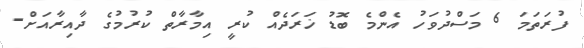
ފުރަތަމަ 6 މަސްދުވަހު އެންމެ ބޮޑު ޚަރަދެއް ކުރީ އިމާރާތް ކުރުމުގެ ދާއިރާއަށް-